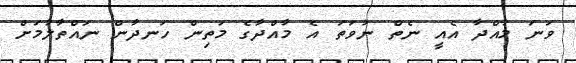
ވަނަ މާއްދާ އެއީ ނެތް ނުވަތަ އެ މާއްދާގެ މަތިން ހަނދާން ނައްތާލުމަށް